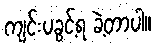
ကျင်းပခွင့်ရ ခဲ့တာပါ။